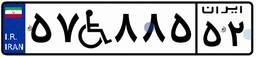
۵۷W۸۸۵۵۲